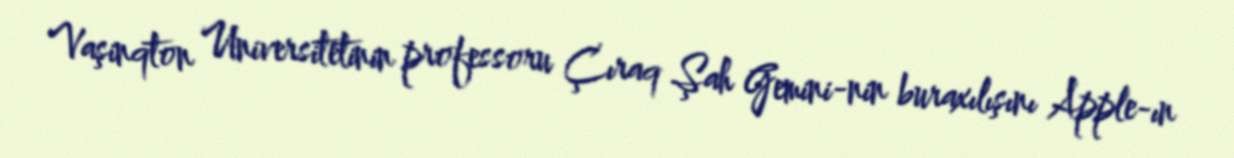
Vaşinqton Universitetinin professoru Çıraq Şah Gemini-nin buraxılışını Apple-ın